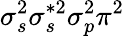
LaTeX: \sigma_{s}^{2}\sigma_{s}^{*2}\sigma_{p}^{2}\pi^{2}